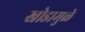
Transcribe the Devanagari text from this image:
खोडामुळे